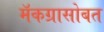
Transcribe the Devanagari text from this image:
मॅकग्रासोबत